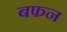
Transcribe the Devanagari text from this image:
बफन